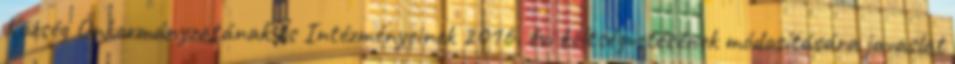
Község Önkormányzatának és Intézményeinek 2016. évi költségvetésének módosítására javaslat